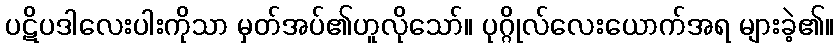
ပဋိပဒါလေးပါးကိုသာ မှတ်အပ်၏ဟူလိုသော်။ ပုဂ္ဂိုလ်လေးယောက်အရ များခဲ့၏။